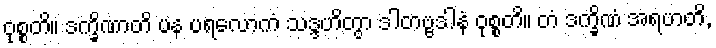
ဝုစ္စတိ။ ဒက္ခိဏာတိ ပန ပရလောကံ သဒ္ဒဟိတွာ ဒါတဗ္ဗဒါနံ ဝုစ္စတိ။ တံ ဒက္ခိဏံ အရဟတိ,